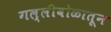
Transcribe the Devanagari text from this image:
गल्लीबोळातून